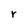
Character: r